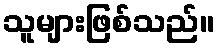
သူများဖြစ်သည်။